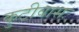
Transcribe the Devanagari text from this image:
कुटीवासः